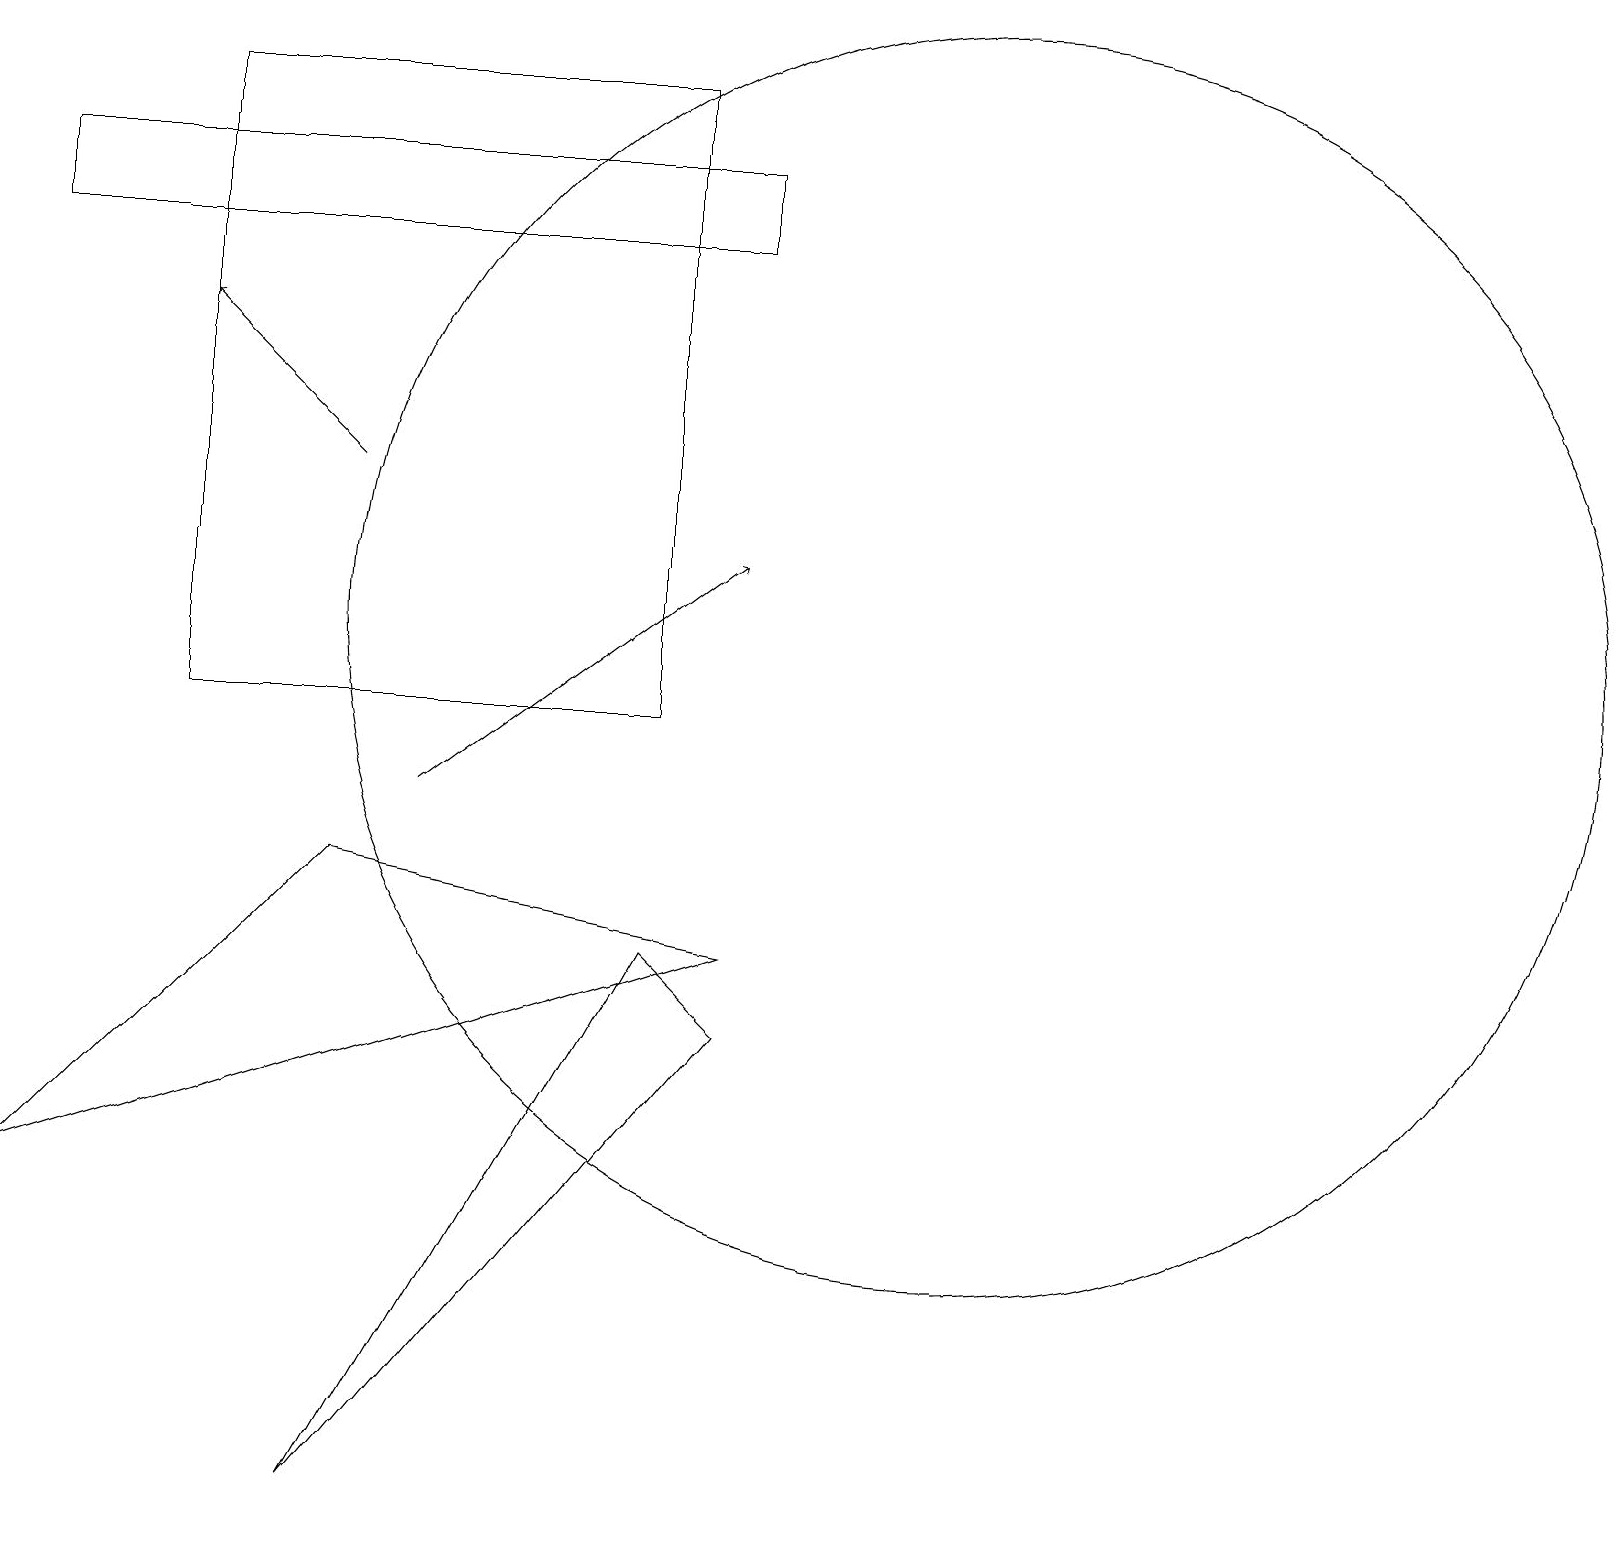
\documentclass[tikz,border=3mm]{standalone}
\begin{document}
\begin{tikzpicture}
\draw[->] (5,10) -- (9,13);
\draw (4,1) -- (9,7) -- (8,8) -- cycle;
\draw (8,11) rectangle (2,19);
\draw[->] (4,14) -- (2,16);
\draw (4,9) -- (0,5) -- (9,8) -- cycle;
\draw (9,17) rectangle (0,18);
\draw (12,12) circle (8);
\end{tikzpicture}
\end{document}